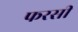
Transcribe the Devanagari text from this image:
फरसी